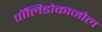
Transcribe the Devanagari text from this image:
पॉलिडोकानोल